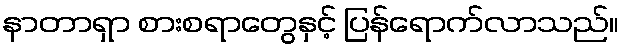
နာတာရှာ စားစရာတွေနှင့် ပြန်ရောက်လာသည်။